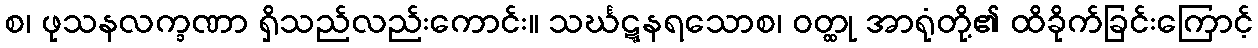
စ၊ ဖုသနလက္ခဏာ ရှိသည်လည်းကောင်း။ သင်္ဃဋ္ဋနရသောစ၊ ဝတ္ထု အာရုံတို့၏ ထိခိုက်ခြင်းကြောင့်